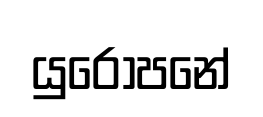
යුරෝපනේ